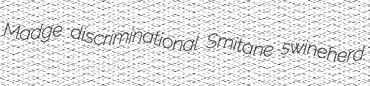
Madge discriminational Smitane swineherd